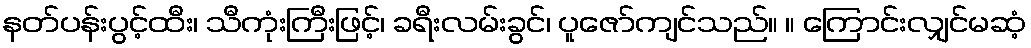
နတ်ပန်းပွင့်ထီး၊ သီကုံးကြီးဖြင့်၊ ခရီးလမ်းခွင်၊ ပူဇော်ကျင်သည်။ ။ ကြောင်းလျှင်မဆံ့